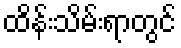
ထိန်းသိမ်းရာတွင်